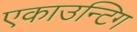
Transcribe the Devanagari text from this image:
एकाउन्टिग